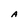
Character: A